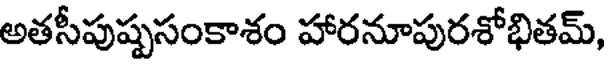
అతసీపుష్పసంకాశం హారనూపురశోభితమ్,